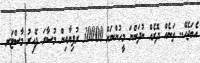
އެބަޖެހޭ.. ތަނެއް ދޮރެއް ނުދަންނަ މީހުންނަށް 30000 ރުފިޔާއިން މުސާރަ ދޭއިރު މާސްޓަރ